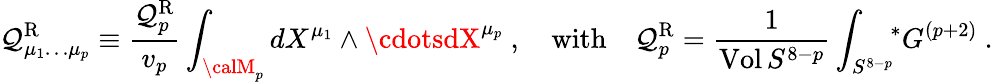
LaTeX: \mathcal{Q}_{\mu_{1}\dots\mu_{p}}^{\mathrm{{R}}}\equiv{\frac{{\mathcal{Q}_{p}^{\mathrm{{R}}}}}{{v_{p}}}}\int_{{\calM}_{p}}dX^{\mu_{1}}\wedge\cdotsdX^{\mu_{p}}\ ,\quad\mathrm{{with}}\quad\mathcal{Q}_{p}^{\mathrm{{R}}}={\frac{{1}}{{\mathrm{{Vol}}\, S^{8-p}}}}\int_{S^{8-p}}\! \! {}^{*}G^{(p+2)}\ .